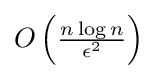
{\textstyle O\left({\frac {n\log n}{\epsilon ^{2}}}\right)}